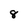
Character: 8